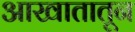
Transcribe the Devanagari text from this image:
आखातातून